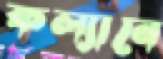
কল্যানে